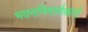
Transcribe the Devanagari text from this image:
भवननिमार्णकर्ता